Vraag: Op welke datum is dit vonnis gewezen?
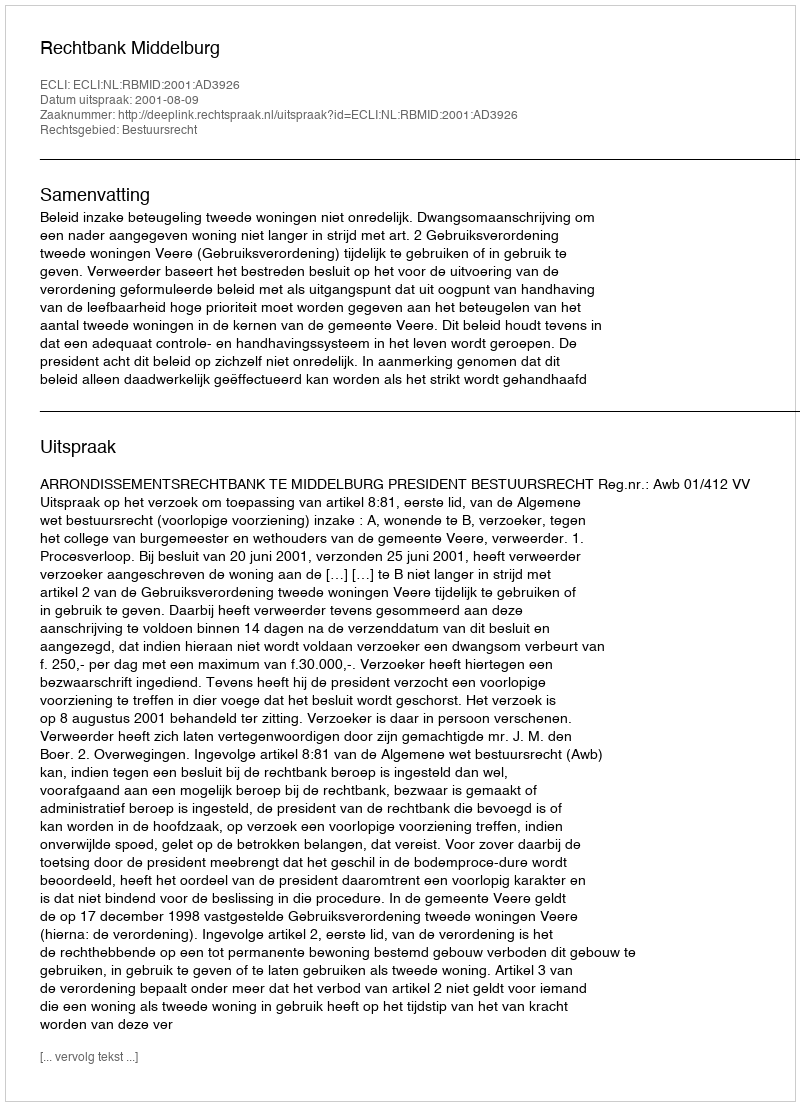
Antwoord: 2001-08-09